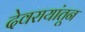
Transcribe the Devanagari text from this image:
देवरायांतून